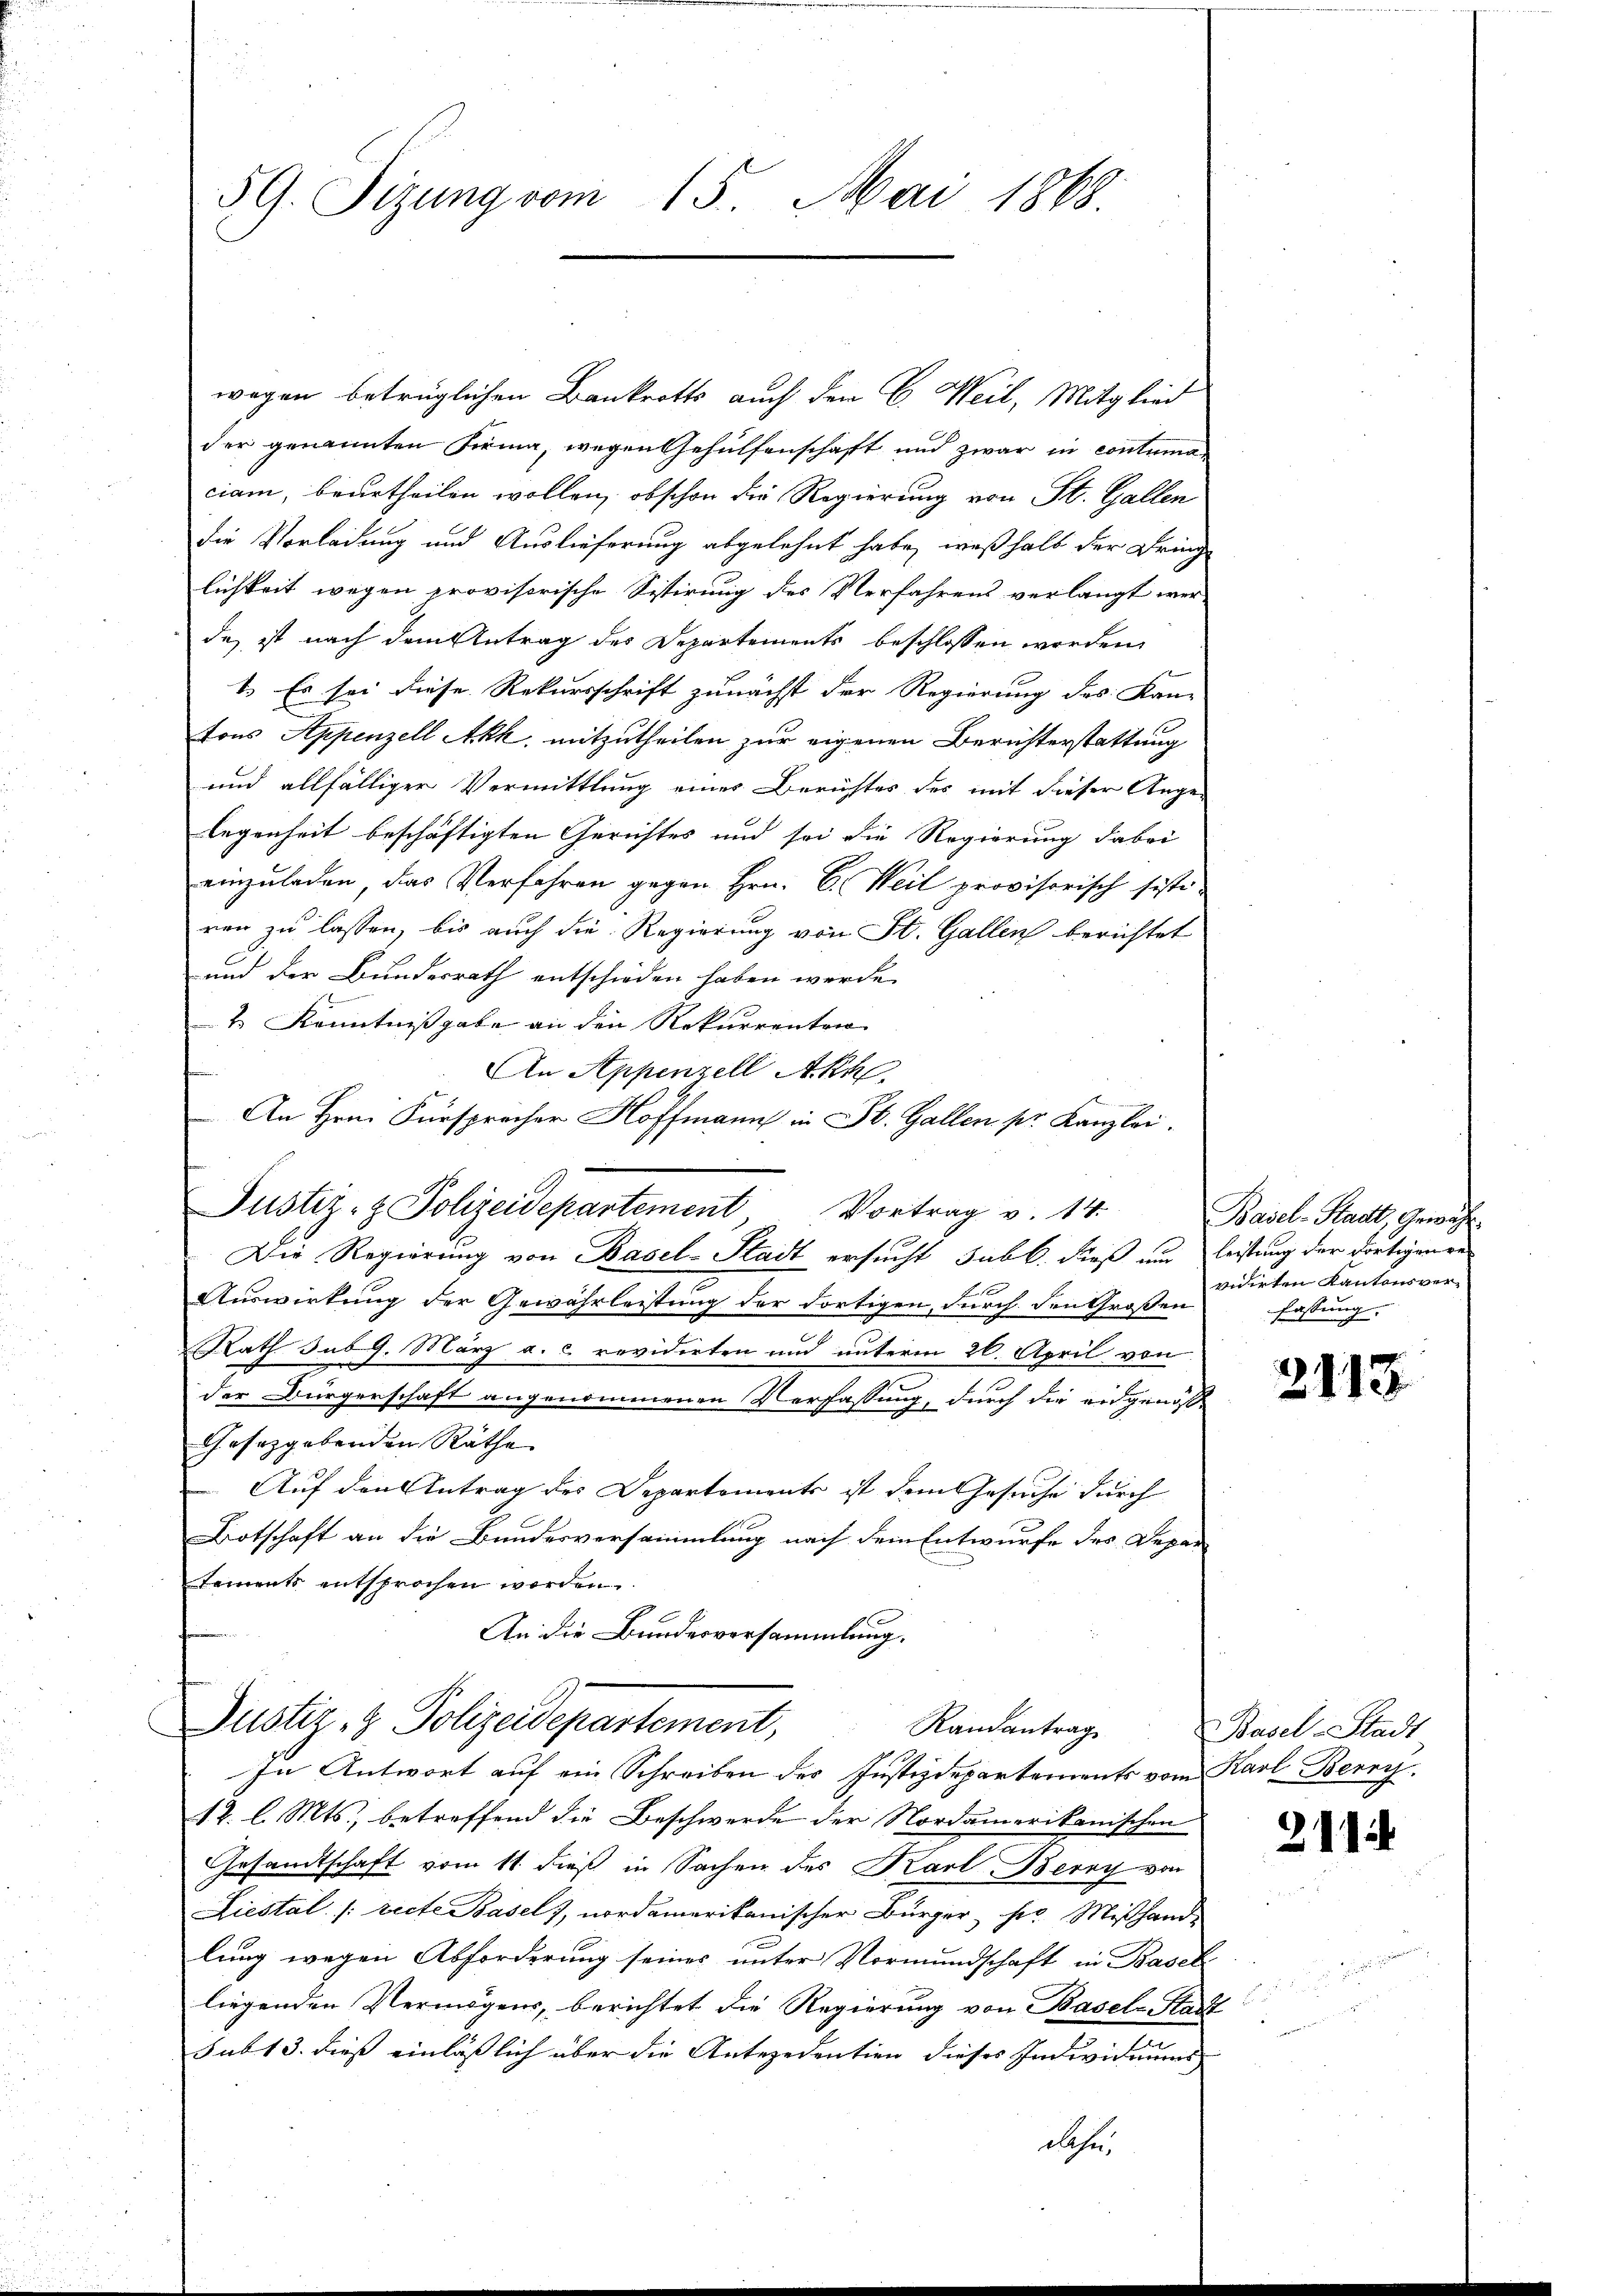
5 G. Fizung vom 15. Mai 1868.

wegen betrüglichen Bankrotts auch den C. Weil, Mitglied
der genannten Firma, wegen Gehülfenschaft und zwar in contuma
ciam, beurtheilen wollen, obschon die Regierung von St. Gallen
die Vorladung und Auslieferung abgelehnt habe, weßhalb der Dring
lichkeit wegen provisorische Sistirung des Verfahrens verlangt wer
de, ist nach dem Antrag des Departements beschlossen worden,
1. Es sei diese Rekursschrift zunächst der Regierung des Kan-
tons Appenzell Akk, mitzutheilen zur eigenen Berichterstattung
und allfälliger Vermittlung eines Berichtes des mit dieser Ange-
legenheit beschäftigten Gerichtes und sei die Regierung dabei
einzuladen, das Verfahren gegen Hrn. C. Weil provisorisch sisti-
ren zu lassen, bis auch die Regierung von St. Gallen berichtet
und der Bundesrath entschieden haben werde.
2 Kenntnißgabe an den Rekurrenten
An Appenzell Akh
An Hrn. Fürsprecher Hoffmann in St. Gallen pr. Kanzlei.
Justiz- & Polizeidepartement Vortrag v. 14.
Die Regierung von Basel-Stadt ersucht subl. dieß und leistung der dortigen ge¬
Auswirkung der Gewährleistung der dortigen, durch den Großen
Rath sub. 9. März a. c revidirten und unterm 26. April von
der Bürgerschaft angenommenen Verfassung, durch die eidgenös¬
Gesetzgebenden Räthe
Auf den Antrag des Departements ist dem Gesuche durch
Botschaft an die Bundesversammlung nach dem Entwurfe des Depar
tements entsprochen worden.
An die Bundesversammlung.
Justiz- & Polizeidepartement,
Randantrag Basel-Stadt
In Antwort auf ein Schreiben des Justizdepartements vom Karl Berry.
12. l. Mts., betreffend die Beschwerde der Nordamerikanischen
Gesandtschaft vom 11. dieß in Sachen des Karl Berry von
Liestal (recte Basel, nordamerikanischer Bürger, ser Mißhande
lung wegen Abforderung seines unter Vormundschaft in Basel
liegenden Vermögens, berichtet, die Regierung von Basel-Stadt
sub 13. dieß einläßlich über die Antezedention dieses Individuums
abse

Basel-Stadt, Gewähr
vidirten Kantonsverfassung.

2113

211